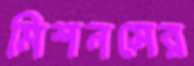
মিশনসের